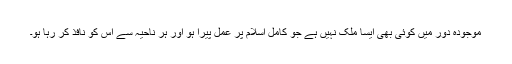
موجودہ دور میں کوئی بھی ایسا ملک نہیں ہے جو کامل اسلام پر عمل پیرا ہو اور ہر ناحیہ سے اس کو نافذ کر رہا ہو۔